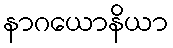
နာဂယောနိယာ